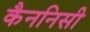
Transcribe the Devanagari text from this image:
कैननिसी